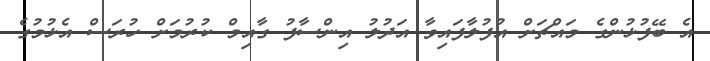
އެ ބޭފުޅުންގެ މައްޗަށް އުފުލާފައިވާ އަދުލު އިންސާފު ގާއިމް ކުރުމަށް ހުރަސް އެޅުމުގެ